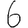
Digit: 6